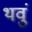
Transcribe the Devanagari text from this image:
थवुं